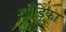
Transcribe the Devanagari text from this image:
खांडिका